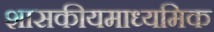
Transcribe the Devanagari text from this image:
शासकीयमाध्यमिक